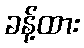
ခန့်ထား